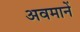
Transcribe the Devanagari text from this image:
अवमानें